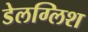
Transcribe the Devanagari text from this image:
डेलग्लिश